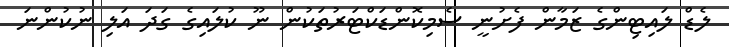
ލެޑް ލައިޓިންގެ ޒަމާން ފެށުނީ ސެމިކޮންޑަކްޓަރުތަކުން ނޫ ކުލައިގެ ގަދަ އަލި ނުކުންނަ